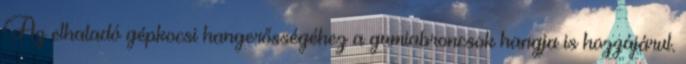
Az elhaladó gépkocsi hangerősségéhez a gumiabroncsok hangja is hozzájárul.